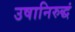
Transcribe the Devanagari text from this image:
उषानिरुद्धं